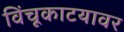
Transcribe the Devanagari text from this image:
विंचूकाटयावर